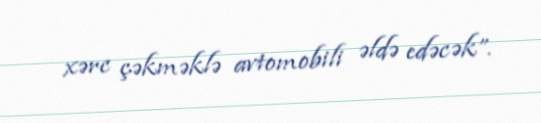
xərc çəkməklə avtomobili əldə edəcək”.